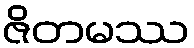
ဇိတမဿ